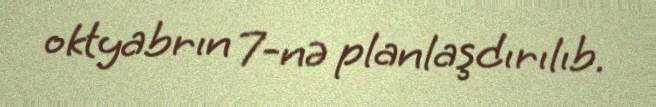
oktyabrın 7-nə planlaşdırılıb.